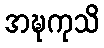
အဍ္ဎကုသိ